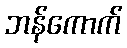
ဘန်ကောက်